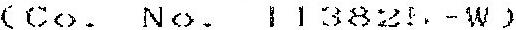
(CO. NO. 113821-W)